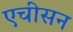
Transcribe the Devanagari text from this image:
एचीसन